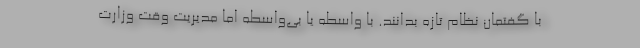
با گفتمان نظام تازه بدانند. با واسطه یا بی‌واسطه اما مدیریت وقت وزارت